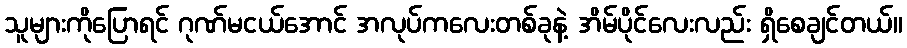
သူများကိုပြောရင် ဂုဏ်မငယ်အောင် အလုပ်ကလေးတစ်ခုနဲ့ အိမ်ပိုင်လေးလည်း ရှိစေချင်တယ်။